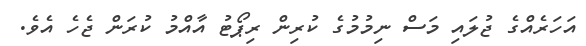
އަހަރެއްގެ ޖުލައި މަސް ނިމުމުގެ ކުރިން ރިޕޯޓު އާއްމު ކުރަން ޖެހެ އެވެ.